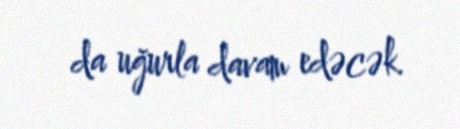
da uğurla davam edəcək.